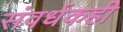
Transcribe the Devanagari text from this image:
संवर्धकही